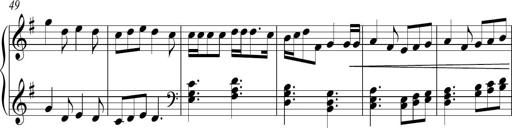
Title: Sonatina no. 2
Composer: Brian Henderson-Sellers
Key: G major